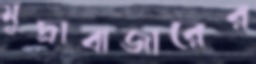
মুদ্রাবাজারের